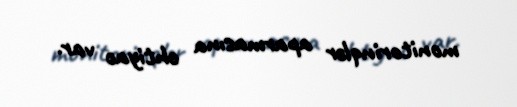
monitorinqlər aparmasına ehtiyac var.